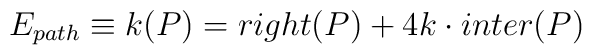
E_{path} \equiv k(P)= right(P) + 4 k \cdot inter(P)